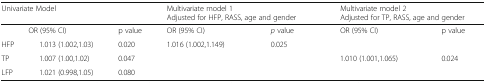
| <COLSPAN=3> Univariate Model | <COLSPAN=2> Multivariate model 1Adjusted for HFP, RASS, age and gender | <COLSPAN=2> Multivariate model 2Adjusted for TP, RASS, age and gender |
 | --- | --- | --- | --- | --- | --- | --- |
 | <COLSPAN=2> OR (95% CI) | p value | OR (95% CI) | p value | OR (95% CI) | p value |
 | HFP | 1.013 (1.002,1.03) | 0.020 | 1.016 (1.002,1.149) | 0.025 |  |  |
 | TP | 1.007 (1.00,1.02) | 0.047 |  |  | 1.010 (1.001,1.065) | 0.024 |
 | LFP | 1.021 (0.998,1.05) | 0.080 |  |  |  |  |